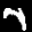
Label: 7